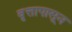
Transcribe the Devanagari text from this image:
वृत्तापासून